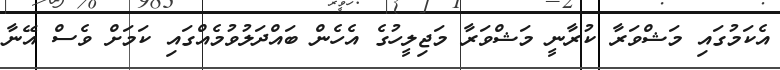
އެކަމުގައި މަޝްވަރާ ކުރާނީ މަޝްވަރާ މަޖިލީހުގެ އެހެން ބައްދަލުވުމެއްގައި ކަމަށް ވެސް އޭނާ